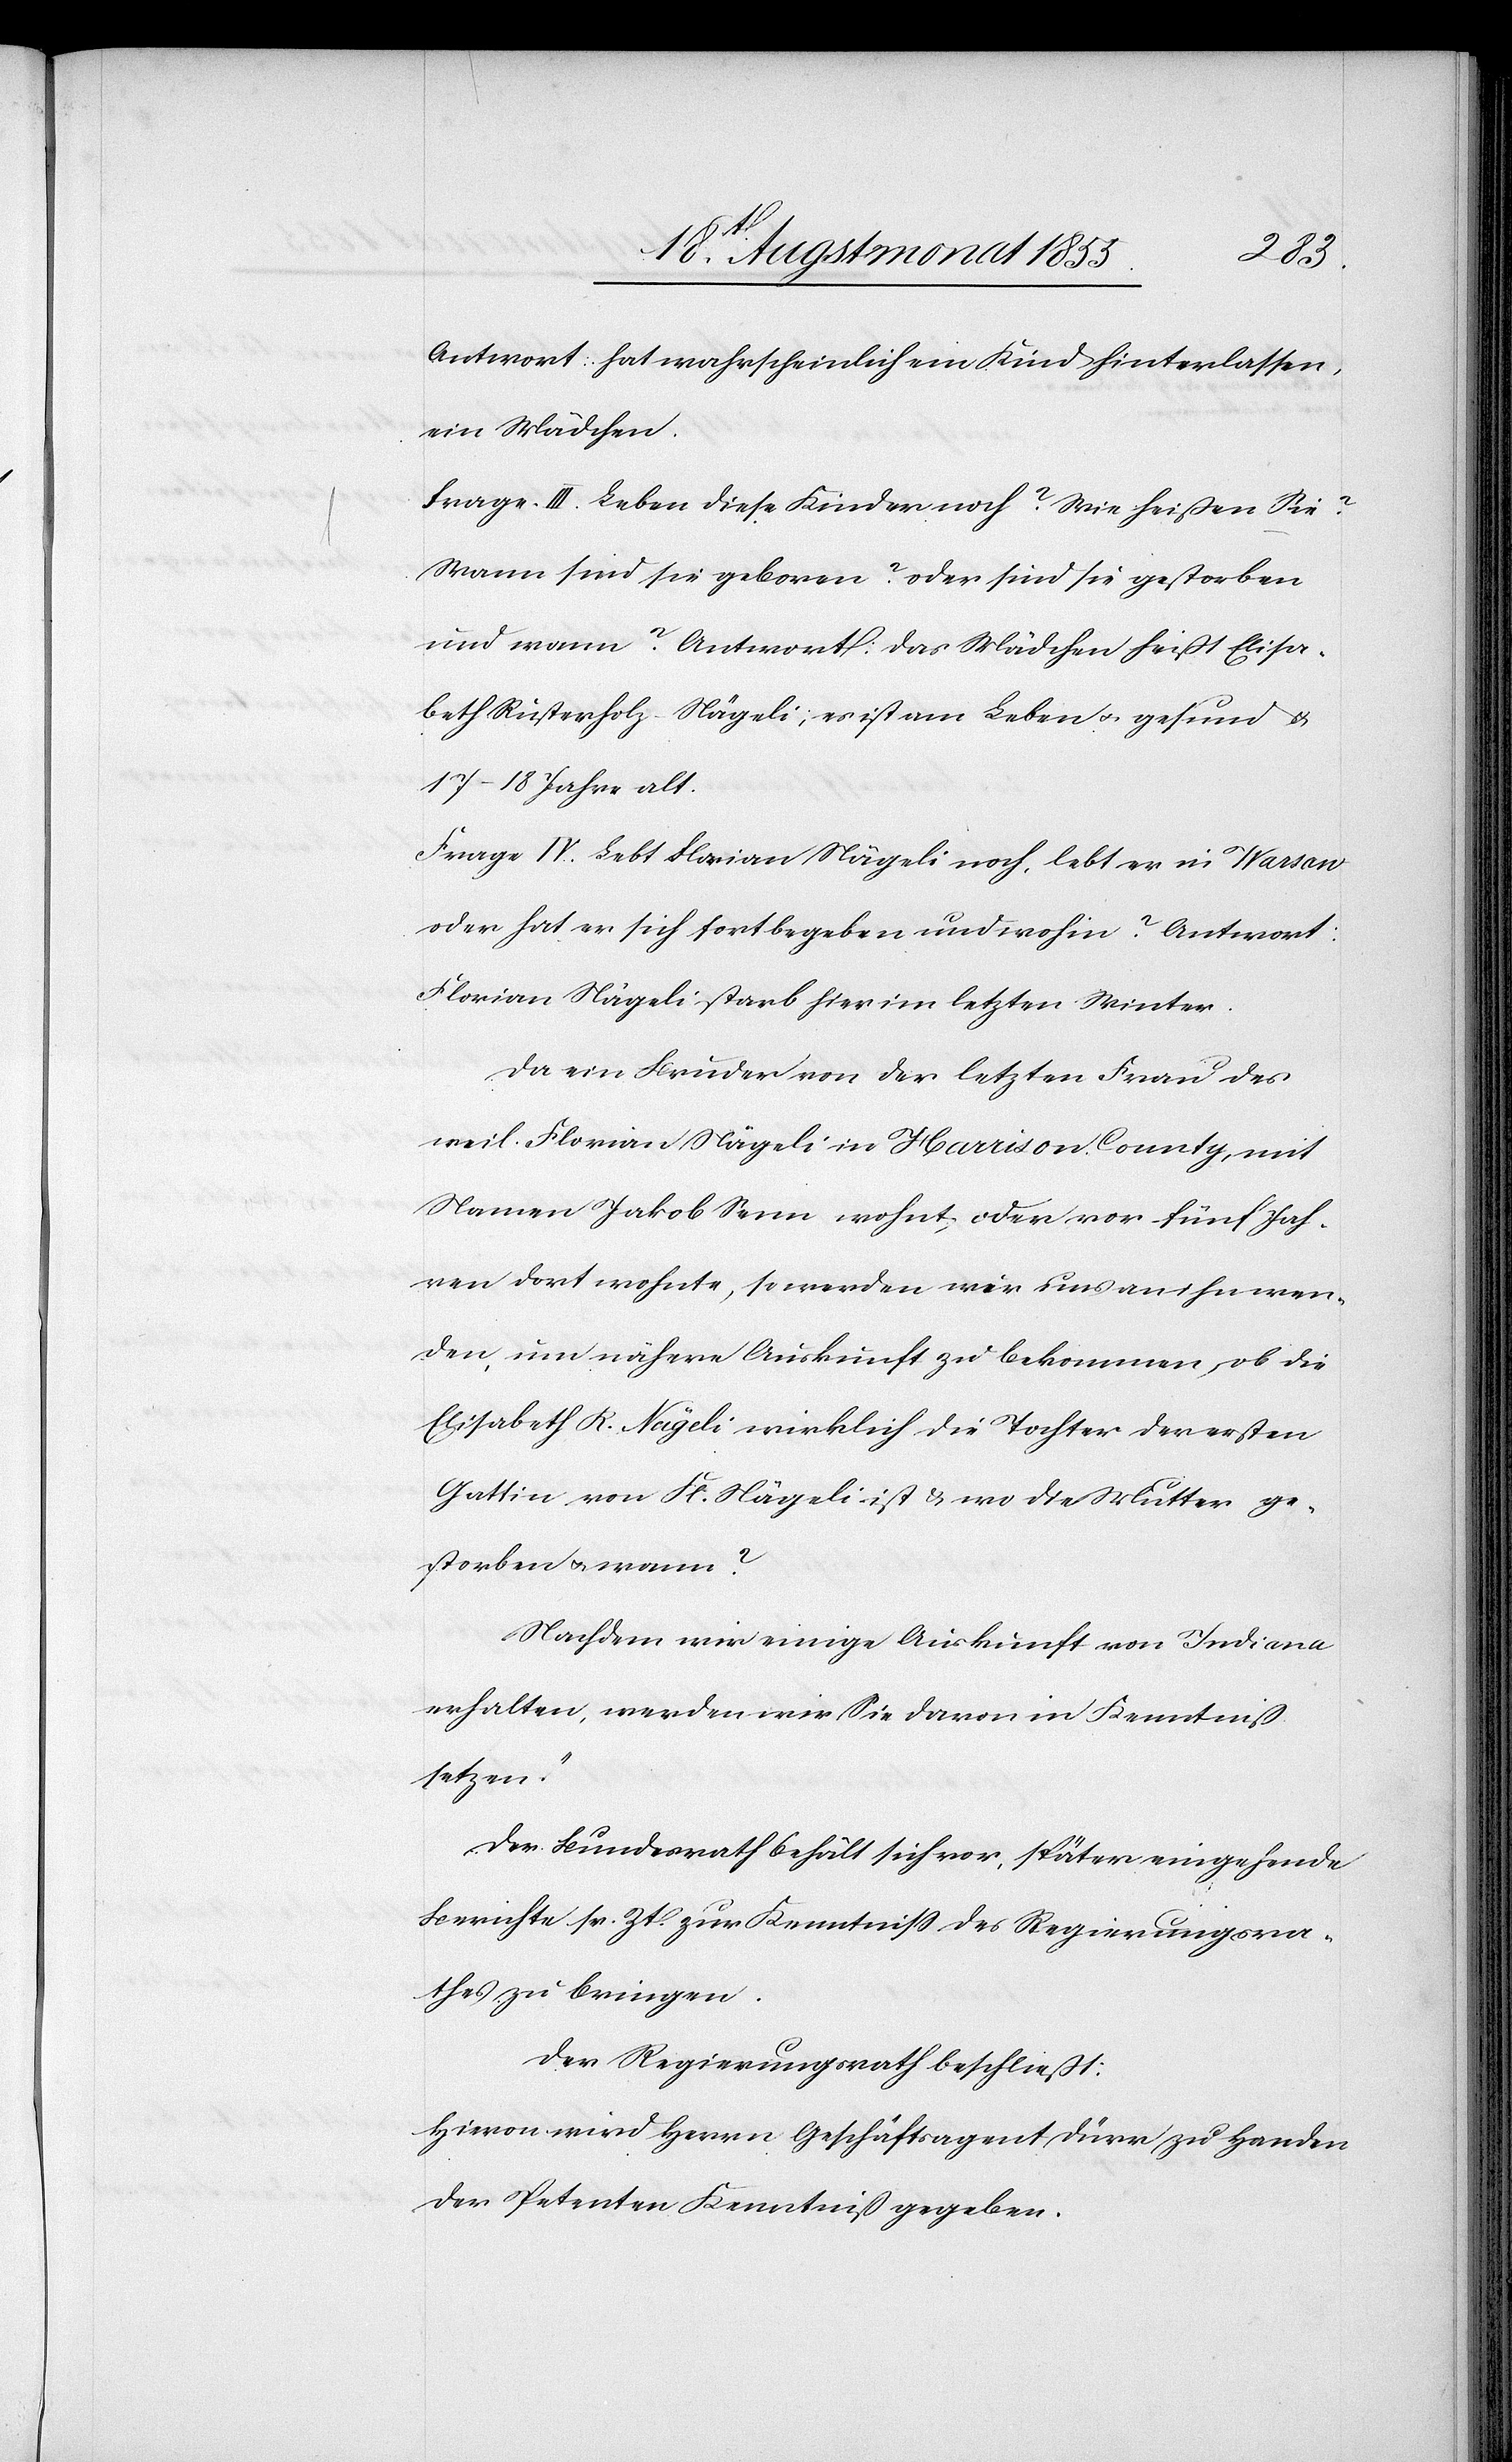
Antwort: hat wahrscheinlich ein Kind hinterlassen,
ein Mädchen.
Frage III. Leben diese Kinder noch? Wie heißen Sie?
Wann sind sie geboren? oder sind sie gestorben
und wann? Antwort: Das Mädchen heißt Elisa¬
beth Rusterholz-Nägeli; es ist am Leben & gesund &
17–18 Jahre alt.
Frage IV. Lebt Florian Nägeli noch, lebt er in Warsaw
oder hat er sich fortbegeben und wohin? Antwort:
Florian Nägeli starb hier im letzten Winter.
Da ein Bruder von der letzten Frau des
weil. Florian Nägeli in Harrison County, mit
Namen Jakob Senn wohnt, oder vor fünf Jah¬
ren dort wohnte, so werden wir uns an ihn wen¬
den, um nähere Auskunft zu bekommen, ob die
Elisabeth R. Nägeli wirklich die Tochter der ersten
Gattin von Fl. Nägeli ist & wo die Mutter ge¬
storben & wann?
Nachdem wir einige Auskunft von Indiana
erhalten, werden wir Sie davon in Kenntniß
setzen.“
Der Bundesrath behält sich vor, später eingehende
Berichte sr. Zt. zur Kenntniss des Regierungsra¬
thes zu bringen.
Der Regierungsrath beschließt:
Hievon wird Herrn Geschäftsagent Dürr zu Handen
der Petenten Kenntniß gegeben.